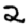
Digit: 2